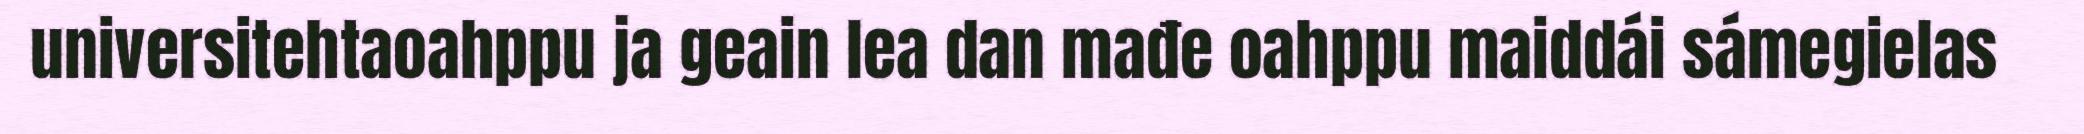
universitehtaoahppu ja geain lea dan mađe oahppu maiddái sámegielas